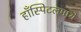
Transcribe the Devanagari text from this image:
हाँस्पिटलमध्ये